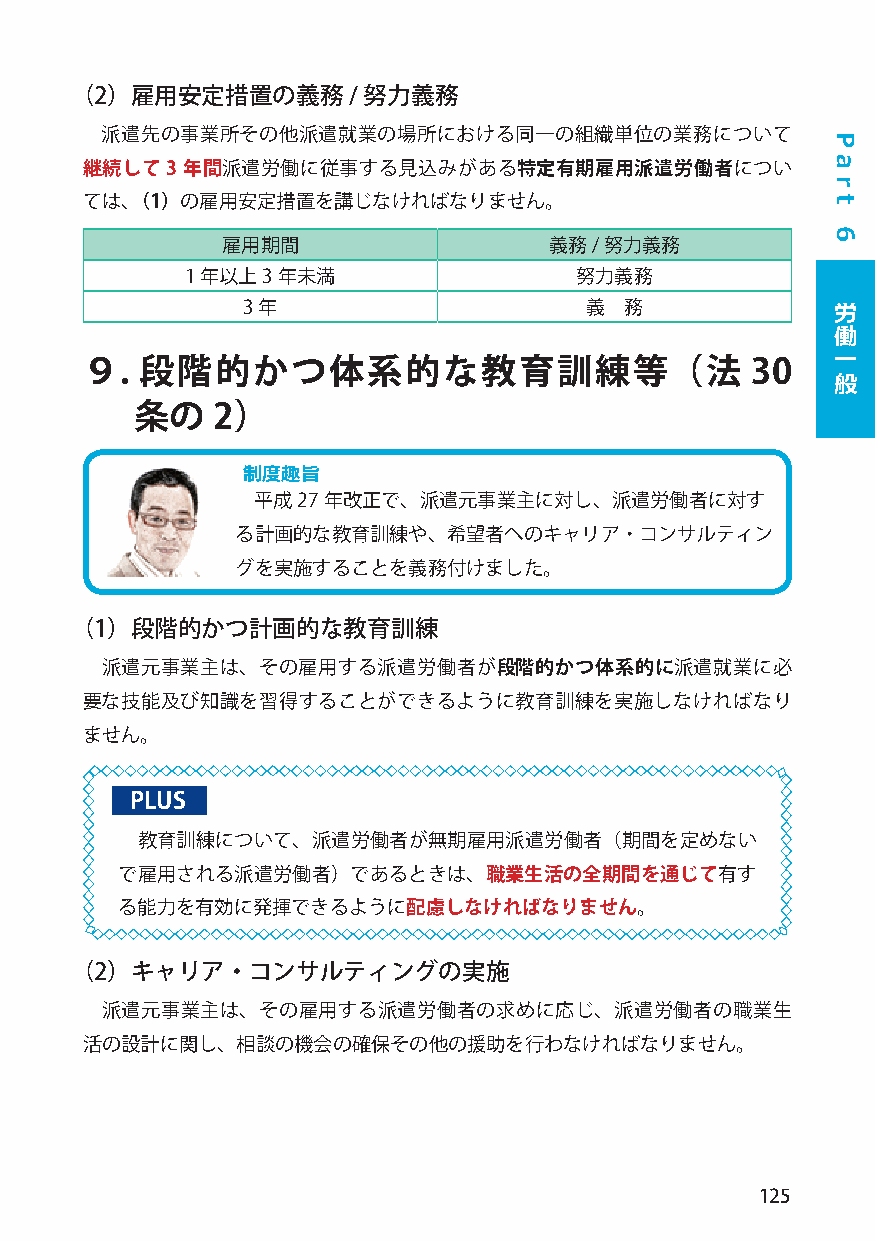
（2）雇用安定措置の義務/      努力義務
 派遣先の事業所その他派遣就業の場所における同一の組織単位の業務について
 継続して3  年間派遣労働に従事する見込みがある特定有期雇用派遣労働者につい
 ては、（1）の雇用安定措置を講じなければなりません。
 雇用期間                 義務/ 努力義務
 1 年以上3 年未満                努力義務
 3 年                    義 務             労
 働
 一
 ９.  段階的かつ体系的な教育訓練等（法                         30
 般
 条の   2）
 制度趣旨
 平成27 年改正で、派遣元事業主に対し、派遣労働者に対す
 る計画的な教育訓練や、希望者へのキャリア・コンサルティン
 グを実施することを義務付けました。
 （1）段階的かつ計画的な教育訓練
 派遣元事業主は、その雇用する派遣労働者が段階的かつ体系的に派遣就業に必
 要な技能及び知識を習得することができるように教育訓練を実施しなければなり
 ません。
 PLUS
 教育訓練について、派遣労働者が無期雇用派遣労働者（期間を定めない
 で雇用される派遣労働者）であるときは、職業生活の全期間を通じて有す
 る能力を有効に発揮できるように配慮しなければなりません。
 （2）キャリア・コンサルティングの実施
 派遣元事業主は、その雇用する派遣労働者の求めに応じ、派遣労働者の職業生
 活の設計に関し、相談の機会の確保その他の援助を行わなければなりません。
 125
 P
 a
 r
 t
 6